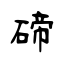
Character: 碲